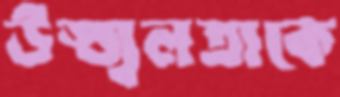
উজ্জ্বলতাকে